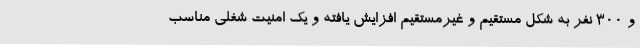
و 300 نفر به شکل مستقیم و غیرمستقیم افزایش یافته و یک امنیت شغلی مناسب